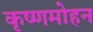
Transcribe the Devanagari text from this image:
कृष्णमोहन